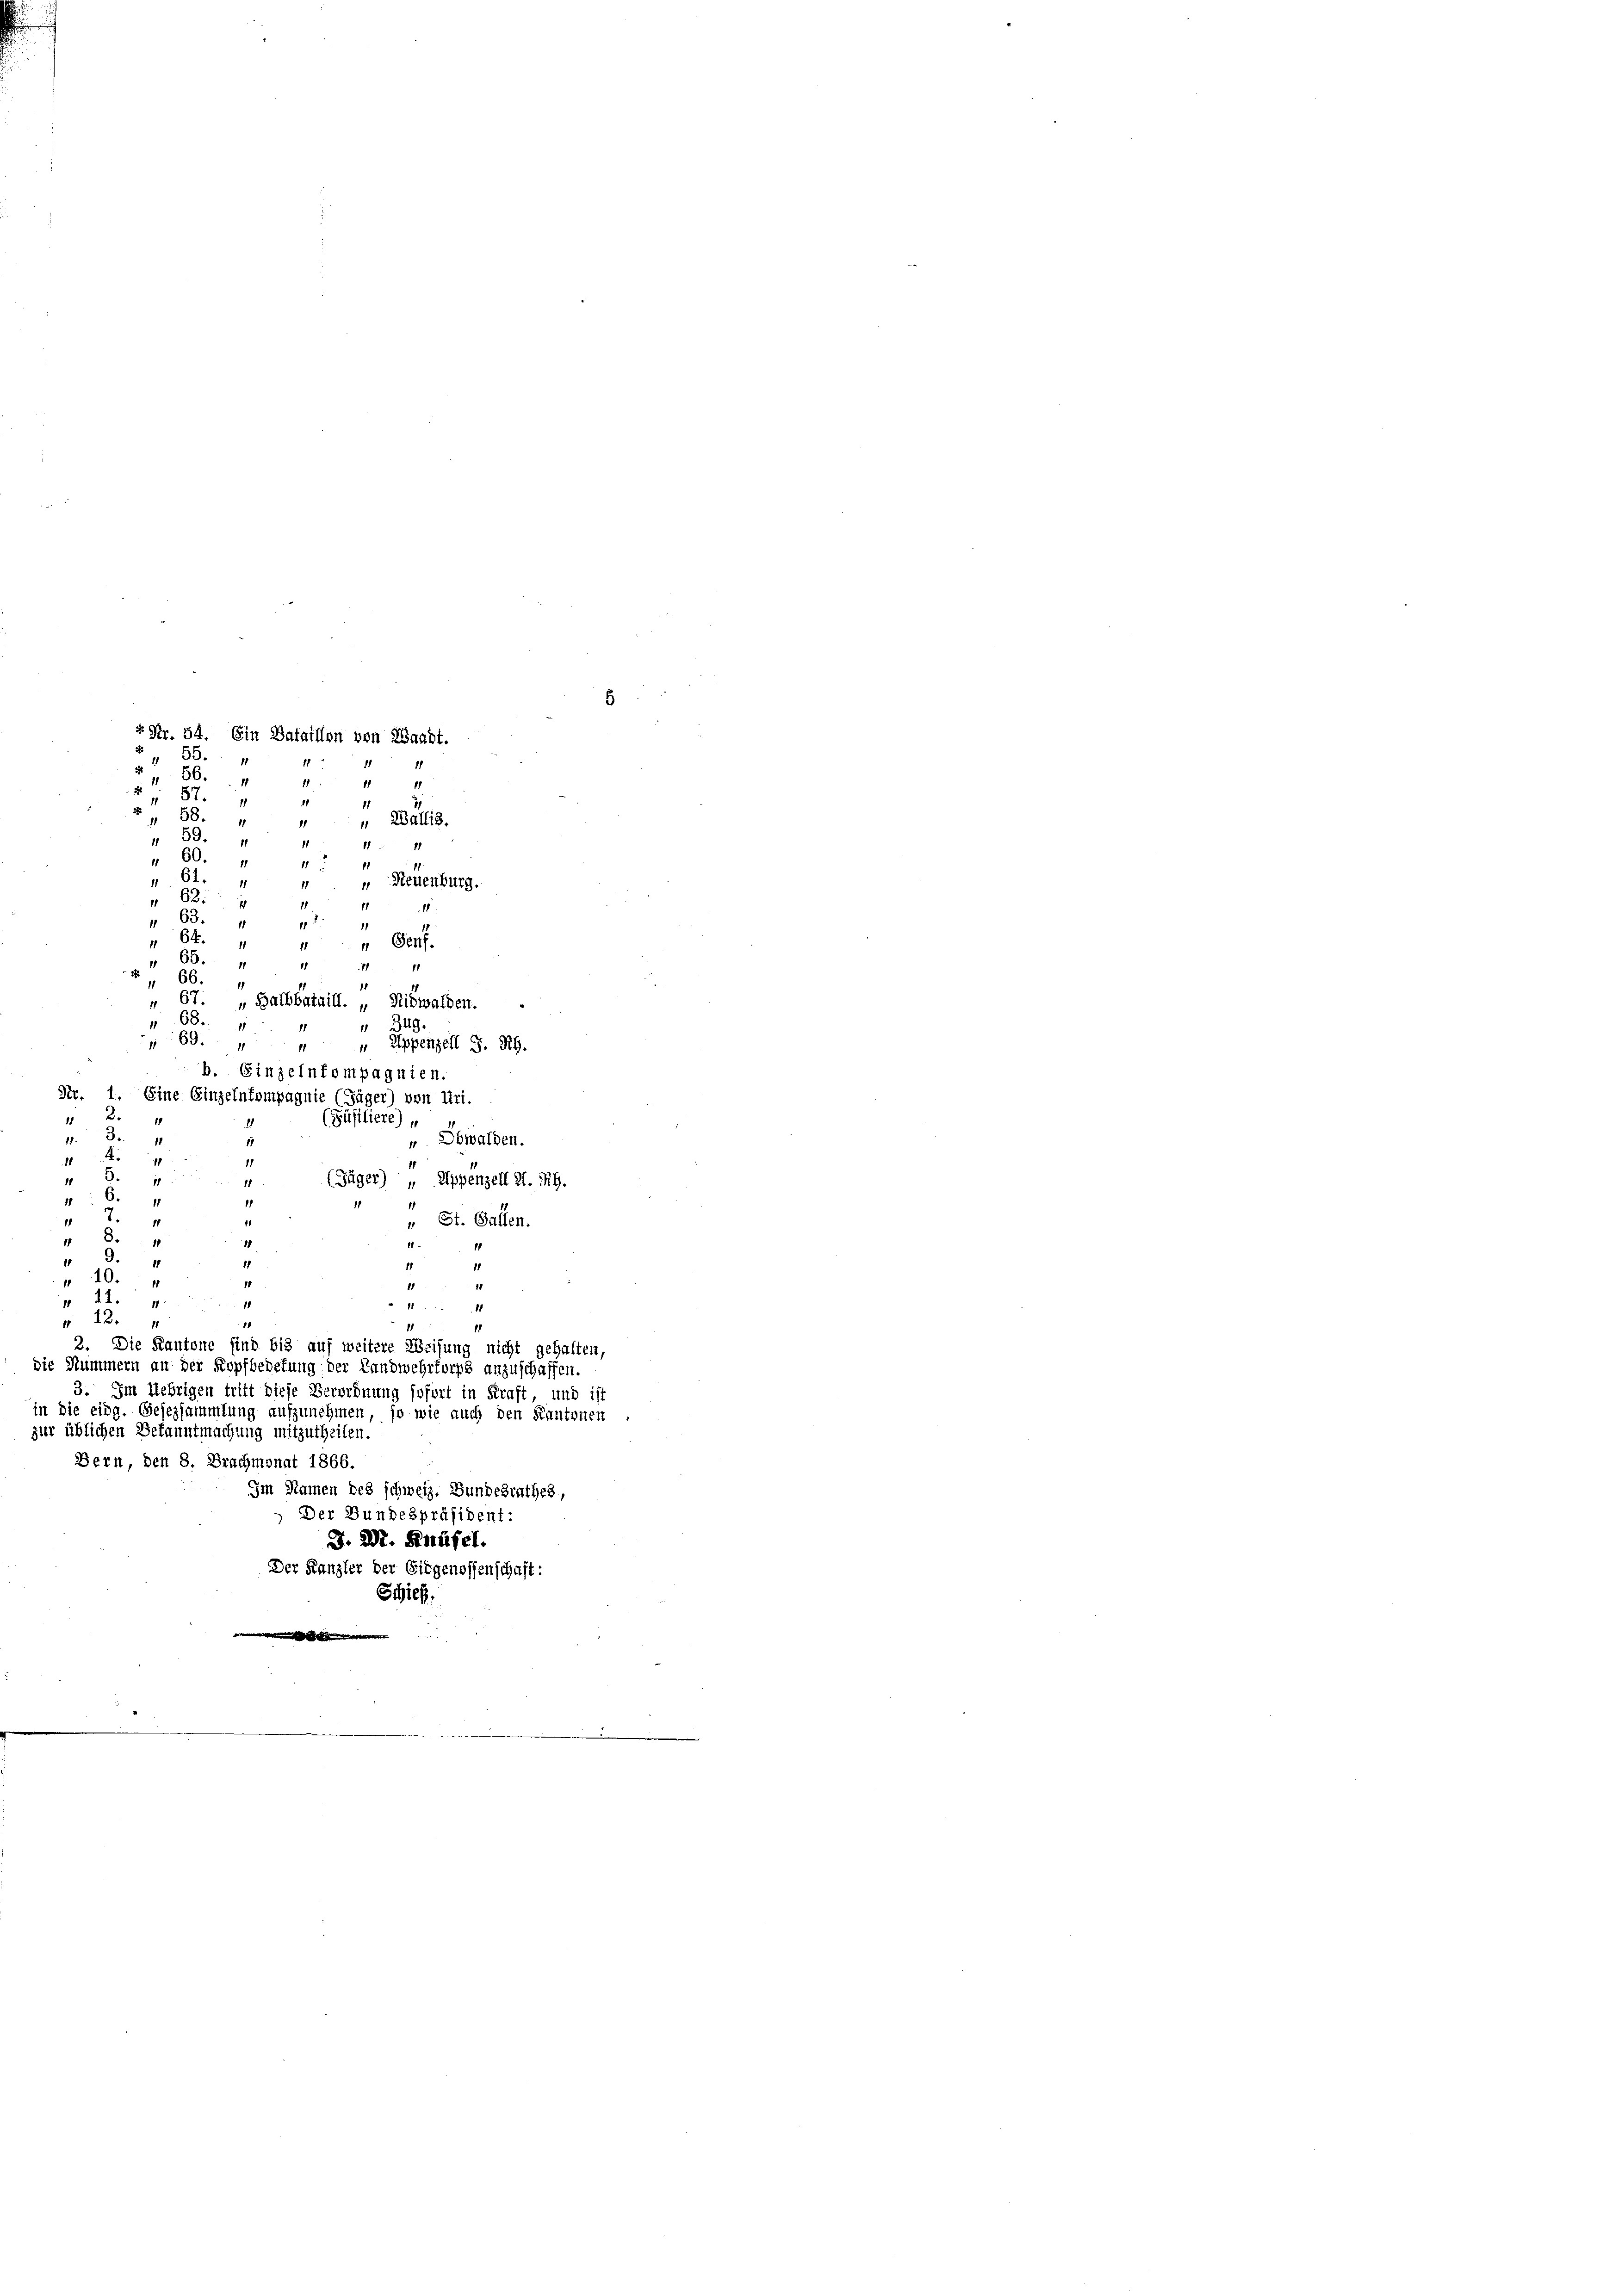
5
r Nr. 54. Ein Bataillon von Waadt.
 55.
2
56.
87.
11
2
58.
11
59.
60.
11
61. 4
68:
63. 4
12
6x
Perf
„ 63. " " 4. 1
 66.
11
" 67. „Halbbataill. „ Nidwalden.
68.
Zug
63. 4
“ Appenzell S. R.
b. Einzelnfompagnien.
1
(Füsiliere),
10.3.
" Obwalden.
4
43. 4
18
(Jäger) „ Appenzell I.Rh.
6. 4
4
1
“ St. Gallen.
8
1
9. 4
11
1
1
 10.
1
1
711.
11
11
 12.
4
2. Die Kantone sind bis auf weitere Weisung nicht gehalten,
die Nummern an der Kopfbedefung der Landwehrforps anzuschaffen.
3. Im Uebrigen tritt diese Verordnung sofort in Kraft, und ist
in die eidg. Gesezsammlung aufzunehmen, so wie auch den Kantonen
zur üblichen Bekanntmachung mitzutheilen.
Bern, den 8. Brachmonat 1866.
Im Namen des schweiz. Bundesrathes,
Der Bundespräsident:
J. 2. Knüsel.
Der Kanzler der Eidgenossenschaft:
Schick.

Nr. 1. Eine Einzelntompagnie (Jäger) von Uri.

1 4
" Wallis.
" Neuenburg.